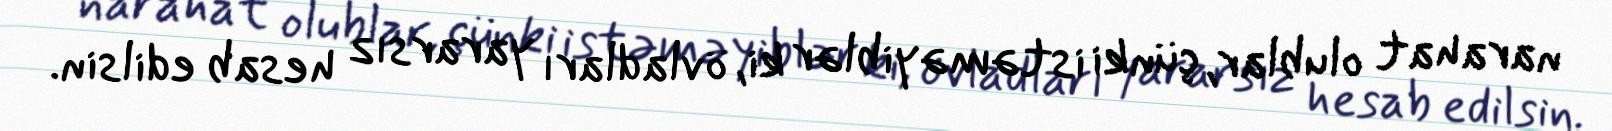
narahat olublar, çünki istəməyiblər ki, övladları yararsız hesab edilsin.